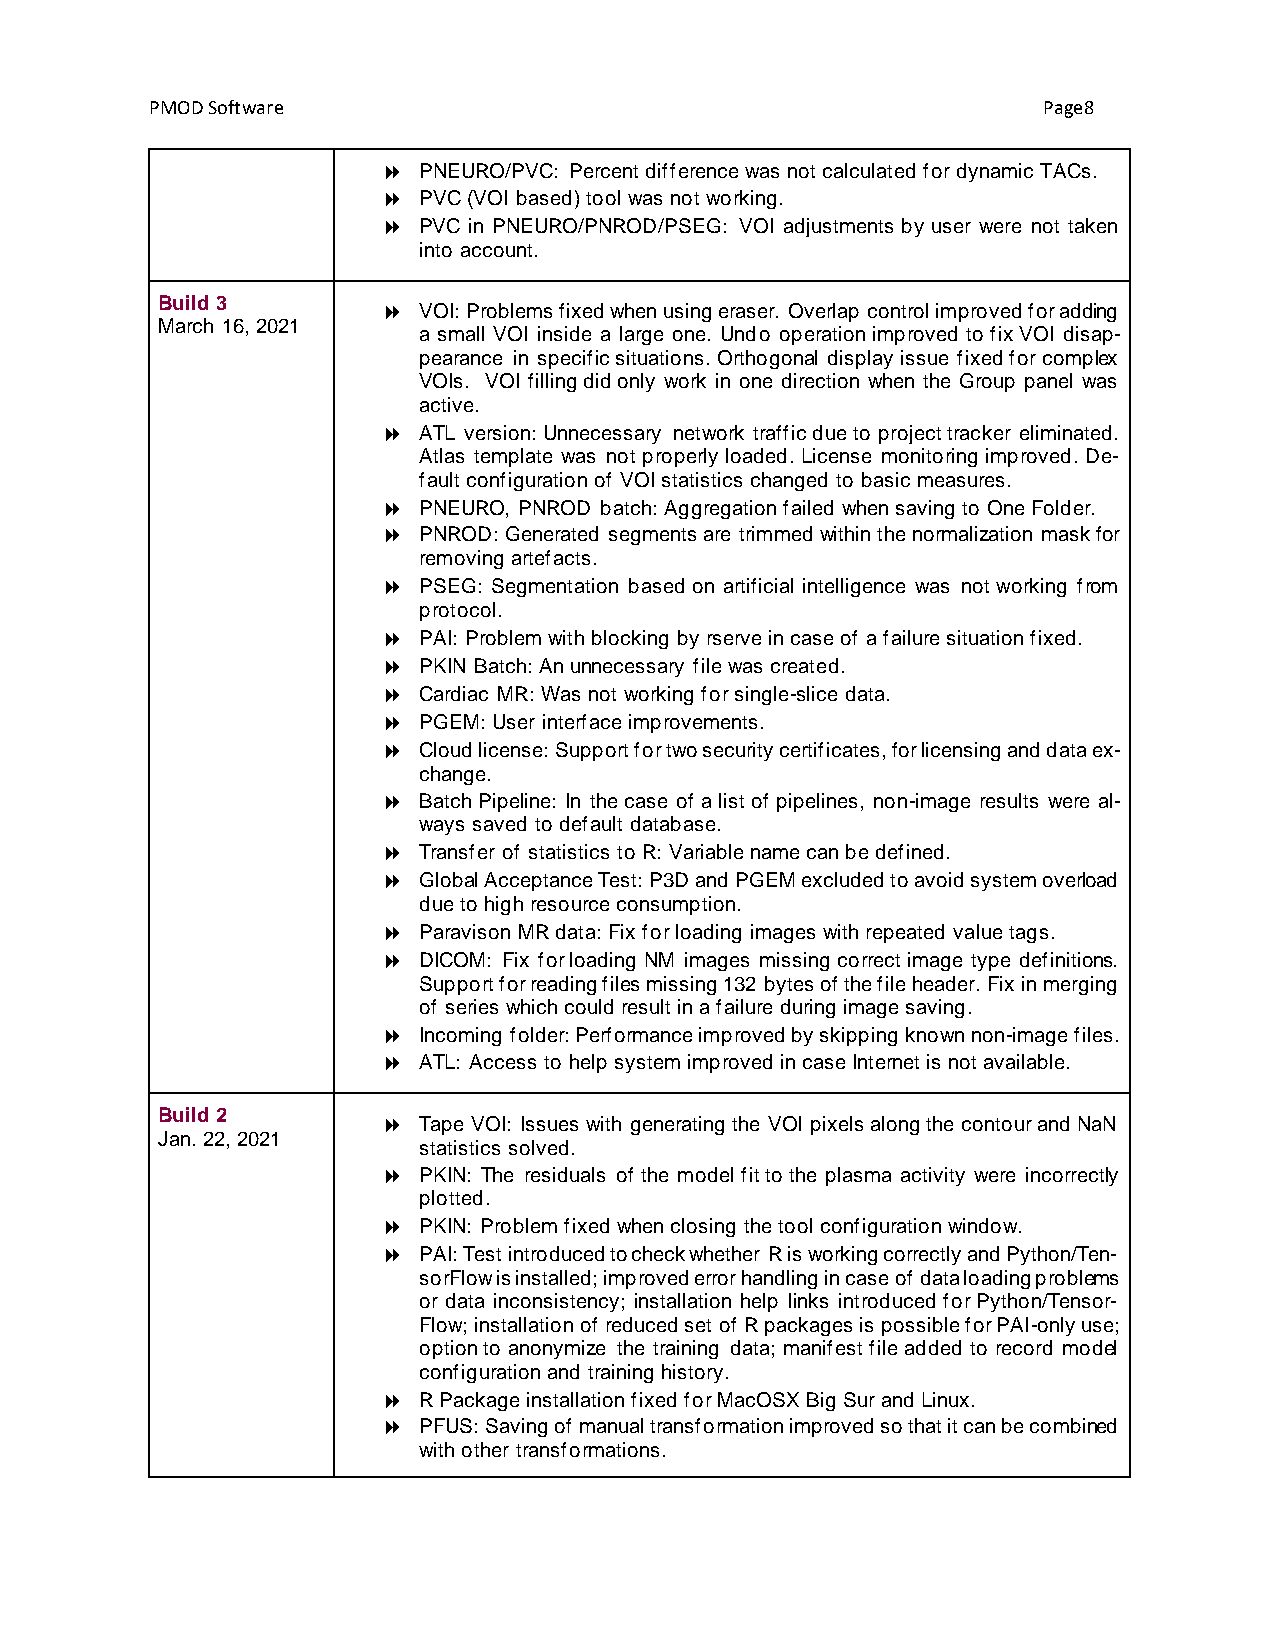
PMOD Software                                              Page8
   PNEURO/PVC: Percent difference was not calculated for dynamic TACs.
   PVC (VOI based) tool was not working.
   PVC in PNEURO/PNROD/PSEG: VOI adjustments by user were not taken
 into account.
 Build 3
   VOI: Problems fixed when using eraser. Overlap control improved for adding
 March 16, 2021
 a small VOI inside a large one. Undo operation improved to fix VOI disap-
 pearance in specific situations. Orthogonal display issue fixed for complex
 VOIs. VOI filling did only work in one direction when the Group panel was
 active.
   ATL version: Unnecessary network traffic due to project tracker eliminated.
 Atlas template was not properly loaded. License monitoring improved. De-
 fault configuration of VOI statistics changed to basic measures.
   PNEURO, PNROD batch: Aggregation failed when saving to One Folder.
   PNROD: Generated segments are trimmed within the normalization mask for
 removing artefacts.
   PSEG: Segmentation based on artificial intelligence was not working from
 protocol.
   PAI: Problem with blocking by rserve in case of a failure situation fixed.
   PKIN Batch: An unnecessary file was created.
   Cardiac MR: Was not working for single-slice data.
   PGEM: User interface improvements.
   Cloud license: Support for two security certificates, for licensing and data ex-
 change.
   Batch Pipeline: In the case of a list of pipelines, non-image results were al-
 ways saved to default database.
   Transfer of statistics to R: Variable name can be defined.
   Global Acceptance Test: P3D and PGEM excluded to avoid system overload
 due to high resource consumption.
   Paravison MR data: Fix for loading images with repeated value tags.
   DICOM: Fix for loading NM images missing correct image type definitions.
 Support for reading files missing 132 bytes of the file header. Fix in merging
 of series which could result in a failure during image saving.
   Incoming folder: Performance improved by skipping known non-image files.
   ATL: Access to help system improved in case Internet is not available.
 Build 2
   Tape VOI: Issues with generating the VOI pixels along the contour and NaN
 Jan. 22, 2021
 statistics solved.
   PKIN: The residuals of the model fit to the plasma activity were incorrectly
 plotted.
   PKIN: Problem fixed when closing the tool configuration window.
   PAI: Test introduced to check whether R is working correctly and Python/Ten-
 sorFlow is installed; improved error handling in case of data loading problems
 or data inconsistency; installation help links introduced for Python/Tensor-
 Flow; installation of reduced set of R packages is possible for PAI-only use;
 option to anonymize the training data; manifest file added to record model
 configuration and training history.
   R Package installation fixed for MacOSX Big Sur and Linux.
   PFUS: Saving of manual transformation improved so that it can be combined
 with other transformations.